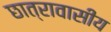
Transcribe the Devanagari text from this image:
छात्रावासीय